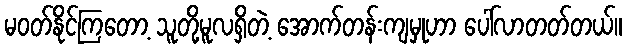
မဝတ်နိုင်ကြတော့ သူတို့မူလရှိတဲ့ အောက်တန်းကျမှုဟာ ပေါ်လာတတ်တယ်။